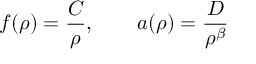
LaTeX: f ( \rho ) = \frac { C } { \rho } , \qquad a ( \rho ) = \frac { D } { \rho ^ { \beta } }